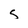
Character: S